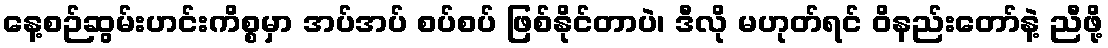
နေ့စဉ်ဆွမ်းဟင်းကိစ္စမှာ အပ်အပ် စပ်စပ် ဖြစ်နိုင်တာပဲ၊ ဒီလို မဟုတ်ရင် ဝိနည်းတော်နဲ့ ညီဖို့